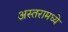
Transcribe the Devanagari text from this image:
अस्तरामध्ये